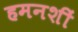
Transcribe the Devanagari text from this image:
हमनशीं